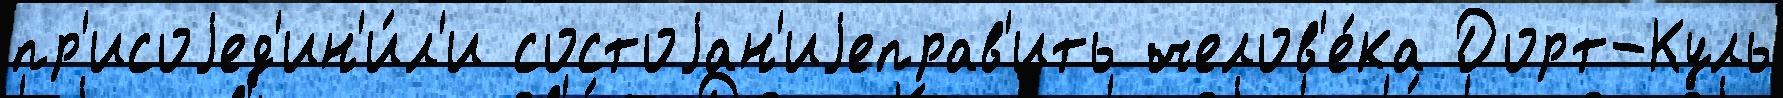
пр'исоjед'ин'и́л'и состоjан'иjеправ'ить челов'е́ка Дорт-Куль